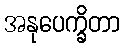
အနုပေက္ခိတာ